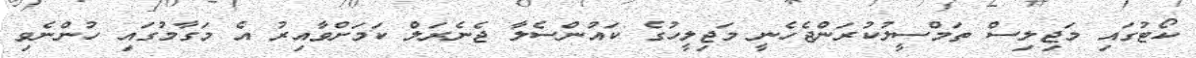
ކޯޓުގައި މަޖިލިސް ތަމްސީލުކުރަންޖެހެނީ މަޖިލީހުގެ ކައުންސެލާ ޖެނެރަލް ކަމަށްވާއިރު އެ މަގާމުގައި ހުންނެވި